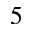
_ 5